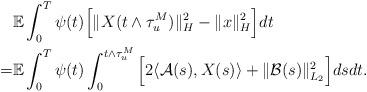
LaTeX: \begin{align*}& \mathbb{E} \int_0^T \psi(t) \Big[ \Vert X (t\wedge\tau_u^M) \Vert_H^2 - \Vert x \Vert_H^2 \Big] dt \\= & \mathbb{E} \int_0^T \psi(t) \int_0^{t\wedge\tau_{u}^M} \Big[ 2\langle \mathcal{A}(s), X(s)\rangle + \Vert \mathcal{B}(s) \Vert_{L_2}^2 \Big] ds dt .\end{align*}